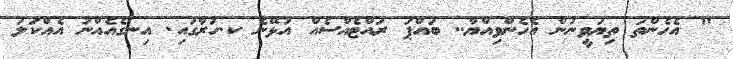
" އެހެންތަ ތިޔަވީނުން އެހެންވިއްޔާ.. ބައްޕަ ރައްޓެއްސެއް އުޅޭނެ ކ.ހުރާގައި. އިނގެއެއްނު އެއްކަލަ